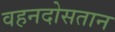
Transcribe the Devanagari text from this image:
वहनदोसतान